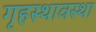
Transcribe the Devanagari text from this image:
गृहस्थावस्था